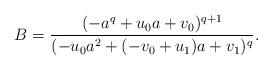
LaTeX: \begin{align*} B = \frac{(-a^q + u_0 a +v_0)^{q+1}}{(-u_0 a^2 + (-v_0 + u_1)a + v_1)^q}.\end{align*}